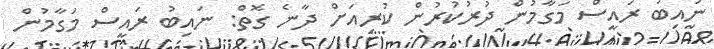
ނައިބު ރައީސް މަގާމުން ދުރުކުރުން ކުރިއަށް ދާނެ ގޮތް: ނައިބު ރައީސް މަގާމުން